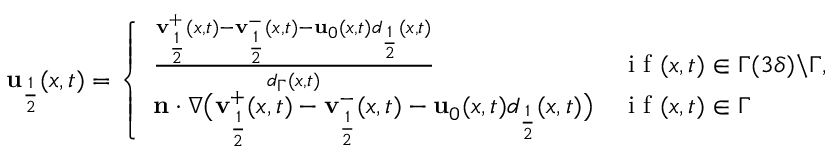
\begin{array} { r } { \mathbf { u } _ { \frac { 1 } { 2 } } ( x , t ) = \left\{ \begin{array} { l l } { \frac { \mathbf { v } _ { \frac { 1 } { 2 } } ^ { + } ( x , t ) - \mathbf { v } _ { \frac { 1 } { 2 } } ^ { - } ( x , t ) - \mathbf { u } _ { 0 } ( x , t ) d _ { \frac { 1 } { 2 } } ( x , t ) } { d _ { \Gamma } ( x , t ) } } & { \mathrm { ~ i ~ f ~ } ( x , t ) \in \Gamma ( 3 \delta ) \backslash \Gamma , } \\ { \mathbf { n } \cdot \nabla \big ( \mathbf { v } _ { \frac { 1 } { 2 } } ^ { + } ( x , t ) - \mathbf { v } _ { \frac { 1 } { 2 } } ^ { - } ( x , t ) - \mathbf { u } _ { 0 } ( x , t ) d _ { \frac { 1 } { 2 } } ( x , t ) \big ) } & { \mathrm { ~ i ~ f ~ } ( x , t ) \in \Gamma } \end{array} \right. } \end{array}